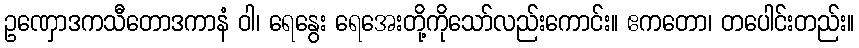
ဥဏှောဒကသီတောဒကာနံ ဝါ၊ ရေနွေး ရေအေးတို့ကိုသော်လည်းကောင်း။ ဧကတော၊ တပေါင်းတည်း။